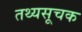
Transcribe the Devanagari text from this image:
तथ्यसूचक